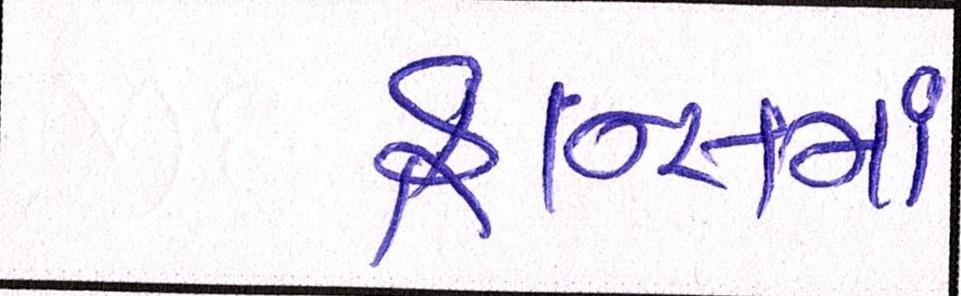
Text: ફ્રાન્સમાં